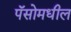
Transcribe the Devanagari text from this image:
पॅसोमधील